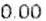
0.00